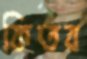
কিতব